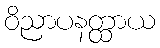
ဝိညာပနတ္ထာယ